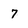
Character: 7